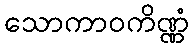
သောကာဝကိဏ္ဏံ